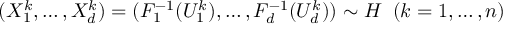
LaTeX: ( X _ { 1 } ^ { k } , \dots , X _ { d } ^ { k } ) = ( F _ { 1 } ^ { - 1 } ( U _ { 1 } ^ { k } ) , \dots , F _ { d } ^ { - 1 } ( U _ { d } ^ { k } ) ) \sim H \; \; ( k = 1 , \dots , n )